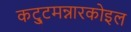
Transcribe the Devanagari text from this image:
कट्टुमन्नारकोइल